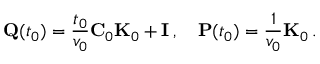
{ \bf Q } ( t _ { 0 } ) = \frac { t _ { 0 } } { v _ { 0 } } { \bf C } _ { 0 } { \bf K } _ { 0 } + { \bf I } \, , \quad { \bf P } ( t _ { 0 } ) = \frac { 1 } { v _ { 0 } } { \bf K } _ { 0 } \, .